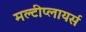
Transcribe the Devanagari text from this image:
मल्टीप्लायर्स